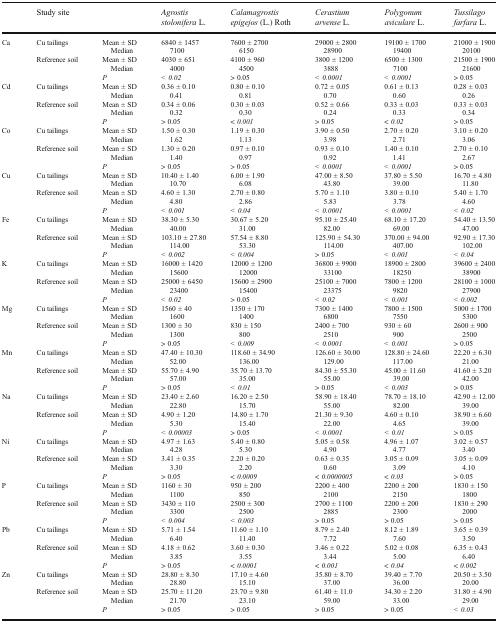
<table><thead><tr><td></td><td><b>Study site</b></td><td></td><td><b><i>Agrostis stolonifera</i> L.</b></td><td><b><i>Calamagrostis epigejos</i> (L.) Roth</b></td><td><b><i>Cerastium arvense</i> L.</b></td><td><b><i>Polygonum aviculare</i> L.</b></td><td><b><i>Tussilago farfara</i> L.</b></td></tr></thead><tbody><tr><td rowspan="3">Ca</td><td>Cu tailings</td><td>Mean ± SD Median</td><td>6840 ± 1457 7100</td><td>7600 ± 2700 6150</td><td>29000 ± 2800 28900</td><td>19100 ± 1700 19400</td><td>21000 ± 1900 20100</td></tr><tr><td>Reference soil</td><td>Mean ± SD Median</td><td>4030 ± 651 4000</td><td>4100 ± 960 4500</td><td>3800 ± 1200 3888</td><td>6500 ± 1300 7100</td><td>21500 ± 1900 21600</td></tr><tr><td></td><td><i>P</i></td><td><i>&lt; 0.02</i></td><td>&gt; 0.05</td><td><i>&lt; 0.0001</i></td><td><i>&lt; 0.0001</i></td><td>&gt; 0.05</td></tr><tr><td rowspan="3">Cd</td><td>Cu tailings</td><td>Mean ± SD Median</td><td>0.36 ± 0.10 0.41</td><td>0.80 ± 0.10 0.81</td><td>0.72 ± 0.05 0.70</td><td>0.61 ± 0.13 0.60</td><td>0.28 ± 0.03 0.26</td></tr><tr><td>Reference soil</td><td>Mean ± SD Median</td><td>0.34 ± 0.06 0.32</td><td>0.30 ± 0.03 0.30</td><td>0.52 ± 0.66 0.24</td><td>0.33 ± 0.03 0.33</td><td>0.33 ± 0.03 0.34</td></tr><tr><td></td><td><i>P</i></td><td>&gt; 0.05</td><td>&lt; <i>0.001</i></td><td>&gt; 0.05</td><td>&lt; <i>0.02</i></td><td>&gt; 0.05</td></tr><tr><td rowspan="3">Co</td><td>Cu tailings</td><td>Mean ± SD Median</td><td>1.50 ± 0.30 1.62</td><td>1.19 ± 0.30 1.13</td><td>3.90 ± 0.50 3.98</td><td>2.70 ± 0.20 2.71</td><td>3.10 ± 0.20 3.06</td></tr><tr><td>Reference soil</td><td>Mean ± SD Median</td><td>1.30 ± 0.20 1.40</td><td>0.97 ± 0.10 0.97</td><td>0.93 ± 0.10 0.92</td><td>1.40 ± 0.10 1.41</td><td>2.70 ± 0.10 2.67</td></tr><tr><td></td><td><i>P</i></td><td>&gt; 0.05</td><td>&gt; 0.05</td><td><i>&lt; 0.0001</i></td><td><i>&lt; 0.0001</i></td><td>&gt; 0.05</td></tr><tr><td rowspan="3">Cu</td><td>Cu tailings</td><td>Mean ± SD Median</td><td>10.40 ± 1.40 10.70</td><td>6.00 ± 1.90 6.08</td><td>47.00 ± 8.50 43.80</td><td>37.80 ± 5.50 39.00</td><td>16.70 ± 4.80 11.80</td></tr><tr><td>Reference soil</td><td>Mean ± SD Median</td><td>4.60 ± 1.30 4.80</td><td>2.70 ± 0.80 2.86</td><td>5.70 ± 1.10 5.83</td><td>3.80 ± 0.10 3.78</td><td>5.40 ± 1.70 4.60</td></tr><tr><td></td><td><i>P</i></td><td><i>&lt; 0.001</i></td><td><i>&lt; 0.04</i></td><td><i>&lt; 0.0001</i></td><td><i>&lt; 0.0001</i></td><td><i>&lt; 0.02</i></td></tr><tr><td rowspan="3">Fe</td><td>Cu tailings</td><td>Mean ± SD Median</td><td>38.30 ± 5.30 40.00</td><td>30.67 ± 5.20 31.00</td><td>95.10 ± 25.40 82.00</td><td>68.10 ± 17.20 69.00</td><td>54.40 ± 13.50 47.00</td></tr><tr><td>Reference soil</td><td>Mean ± SD Median</td><td>103.10 ± 27.80 114.00</td><td>57.54 ± 8.80 53.30</td><td>125.90 ± 54.30 114.00</td><td>370.00 ± 94.00 407.00</td><td>92.90 ± 17.30 102.00</td></tr><tr><td></td><td><i>P</i></td><td><i>&lt; 0.002</i></td><td><i>&lt; 0.004</i></td><td>&gt; 0.05</td><td><i>&lt; 0.001</i></td><td><i>&lt; 0.04</i></td></tr><tr><td rowspan="3">K</td><td>Cu tailings</td><td>Mean ± SD Median</td><td>16000 ± 1420 15600</td><td>12000 ± 1200 12000</td><td>36800 ± 9900 33100</td><td>18900 ± 2800 18250</td><td>39600 ± 2400 38900</td></tr><tr><td>Reference soil</td><td>Mean ± SD Median</td><td>25000 ± 6450 23400</td><td>15600 ± 2900 15400</td><td>25100 ± 7000 23375</td><td>7800 ± 1200 9820</td><td>28100 ± 1000 27900</td></tr><tr><td></td><td><i>P</i></td><td><i>&lt; 0.02</i></td><td>&gt; 0.05</td><td><i>&lt; 0.02</i></td><td><i>&lt; 0.001</i></td><td><i>&lt; 0.002</i></td></tr><tr><td rowspan="3">Mg</td><td>Cu tailings</td><td>Mean ± SD Median</td><td>1560 ± 40 1600</td><td>1350 ± 170 1400</td><td>7300 ± 1400 6800</td><td>7800 ± 1500 7550</td><td>5000 ± 1700 5300</td></tr><tr><td>Reference soil</td><td>Mean ± SD Median</td><td>1300 ± 30 1300</td><td>830 ± 150 800</td><td>2400 ± 700 2510</td><td>930 ± 60 900</td><td>2600 ± 900 2500</td></tr><tr><td></td><td><i>P</i></td><td>&gt; 0.05</td><td><i>&lt; 0.009</i></td><td><i>&lt; 0.0001</i></td><td><i>&lt; 0.001</i></td><td>&gt; 0.05</td></tr><tr><td rowspan="3">Mn</td><td>Cu tailings</td><td>Mean ± SD Median</td><td>47.40 ± 10.30 52.00</td><td>118.60 ± 34.90 136.00</td><td>126.60 ± 30.00 129.00</td><td>128.80 ± 24.60 117.00</td><td>22.20 ± 6.30 21.00</td></tr><tr><td>Reference soil</td><td>Mean ± SD Median</td><td>55.70 ± 4.90 57.00</td><td>35.70 ± 13.70 35.00</td><td>84.30 ± 55.30 55.00</td><td>45.00 ± 11.60 39.00</td><td>41.60 ± 3.20 42.00</td></tr><tr><td></td><td><i>P</i></td><td>&gt; 0.05</td><td><i>&lt; 0.01</i></td><td>&gt; 0.05</td><td><i>&lt; 0.003</i></td><td>&gt; 0.05</td></tr><tr><td rowspan="3">Na</td><td>Cu tailings</td><td>Mean ± SD Median</td><td>23.40 ± 2.60 22.80</td><td>16.20 ± 2.50 15.70</td><td>58.90 ± 18.40 55.00</td><td>78.70 ± 18.10 82.00</td><td>42.90 ± 12.00 39.00</td></tr><tr><td>Reference soil</td><td>Mean ± SD Median</td><td>4.90 ± 1.20 5.30</td><td>14.80 ± 1.70 15.40</td><td>21.30 ± 9.30 22.00</td><td>4.60 ± 0.10 4.65</td><td>38.90 ± 6.60 39.00</td></tr><tr><td></td><td><i>P</i></td><td><i>&lt; 0.00003</i></td><td>&gt; 0.05</td><td><i>&lt; 0.0001</i></td><td><i>&lt; 0.01</i></td><td>&gt; 0.05</td></tr><tr><td rowspan="3">Ni</td><td>Cu tailings</td><td>Mean ± SD Median</td><td>4.97 ± 1.63 4.28</td><td>5.40 ± 0.80 5.30</td><td>5.05 ± 0.58 4.90</td><td>4.96 ± 1.07 4.77</td><td>3.02 ± 0.57 3.40</td></tr><tr><td>Reference soil</td><td>Mean ± SD Median</td><td>3.41 ± 0.35 3.30</td><td>2.20 ± 0.20 2.20</td><td>0.63 ± 0.35 0.60</td><td>3.05 ± 0.09 3.09</td><td>3.05 ± 0.09 4.10</td></tr><tr><td></td><td><i>P</i></td><td>&gt; 0.05</td><td>&lt; <i>0.0009</i></td><td>&lt; <i>0.0000005</i></td><td>&lt; <i>0.03</i></td><td>&gt; 0.05</td></tr><tr><td rowspan="3">P</td><td>Cu tailings</td><td>Mean ± SD Median</td><td>1160 ± 30 1100</td><td>950 ± 200 850</td><td>2200 ± 400 2100</td><td>2200 ± 200 2150</td><td>1830 ± 150 1800</td></tr><tr><td>Reference soil</td><td>Mean ± SD Median</td><td>3430 ± 110 3300</td><td>2500 ± 300 2500</td><td>2700 ± 1100 2885</td><td>2200 ± 200 2300</td><td>1830 ± 290 2000</td></tr><tr><td></td><td><i>P</i></td><td><i>&lt; 0.004</i></td><td><i>&lt; 0.003</i></td><td>&gt; 0.05</td><td>&gt; 0.05</td><td>&gt; 0.05</td></tr><tr><td rowspan="3">Pb</td><td>Cu tailings</td><td>Mean ± SD Median</td><td>5.71 ± 1.54 6.40</td><td>11.60 ± 1.10 11.40</td><td>8.79 ± 2.40 7.72</td><td>8.12 ± 1.89 7.60</td><td>3.65 ± 0.39 3.50</td></tr><tr><td>Reference soil</td><td>Mean ± SD Median</td><td>4.18 ± 0.62 3.85</td><td>3.60 ± 0.30 3.55</td><td>3.46 ± 0.22 3.44</td><td>5.02 ± 0.08 5.00</td><td>6.35 ± 0.43 6.40</td></tr><tr><td></td><td><i>P</i></td><td>&gt; 0.05</td><td>&lt; <i>0.0001</i></td><td>&lt; <i>0.001</i></td><td>&lt; <i>0.04</i></td><td>&lt; <i>0.002</i></td></tr><tr><td rowspan="3">Zn</td><td>Cu tailings</td><td>Mean ± SD Median</td><td>28.80 ± 8.30 28.80</td><td>17.10 ± 4.60 15.10</td><td>35.80 ± 8.70 37.00</td><td>39.40 ± 7.70 36.00</td><td>20.50 ± 3.5020.00</td></tr><tr><td>Reference soil</td><td>Mean ± SD Median</td><td>25.70 ± 11.20 21.70</td><td>23.70 ± 9.80 23.10</td><td>61.40 ± 11.0 59.00</td><td>34.30 ± 2.20 33.00</td><td>31.80 ± 4.90 29.00</td></tr><tr><td></td><td><i>P</i></td><td>&gt; 0.05</td><td>&gt; 0.05</td><td>&gt; 0.05</td><td>&gt; 0.05</td><td><i>&lt; 0.03</i></td></tr></tbody></table>